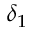
\delta _ { 1 }